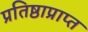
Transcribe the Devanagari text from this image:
प्रतिष्ठाप्राप्त